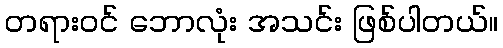
တရားဝင် ဘောလုံး အသင်း ဖြစ်ပါတယ်။